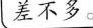
差不多。